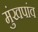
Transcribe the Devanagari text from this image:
मुंखपांव